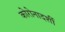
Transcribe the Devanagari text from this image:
कोरोनादर्शी